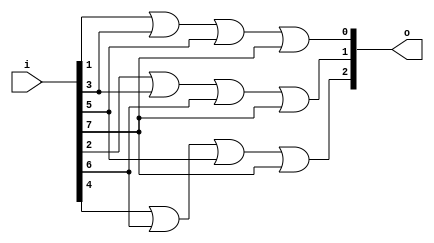
module qwdc(i,o);
  
input[7:0]i;
output[2:0]o;
  
or(o[0],i[1],i[3],i[5],i[7]);
or(o[1],i[2],i[3],i[6],i[7]);
or(o[2],i[4],i[6],i[5],i[7]);
  
endmodule

module testbench();
  
reg [7:0]i;
wire [2:0]o;
  
qwdc aa(i,o);
  
initial
begin
  i=8'b00000001;
#5 i=8'b00000010;
#5 i=8'b10000000;
end
initial
begin
  $monitor($time,"i=%b,o=%b",i,o);
end
endmodule